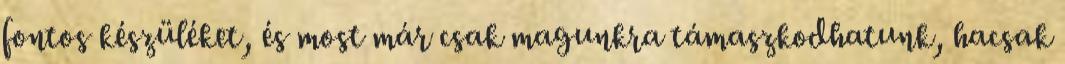
fontos készüléket, és most már csak magunkra támaszkodhatunk, hacsak